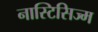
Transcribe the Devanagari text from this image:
नास्टिसिज्म